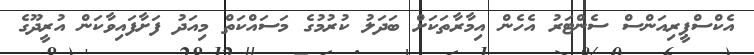
އެކްސްޕީރިއަންސް ސެންޓަރު އެހެން އިމާރާތަކަށް ބަދަލު ކުރުމުގެ މަސައްކަތް މިއަދު ފަށާފައިވާކަން އުރީދޫގެ